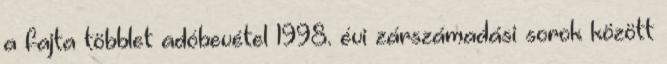
a fajta többlet adóbevétel 1998. évi zárszámadási sorok között